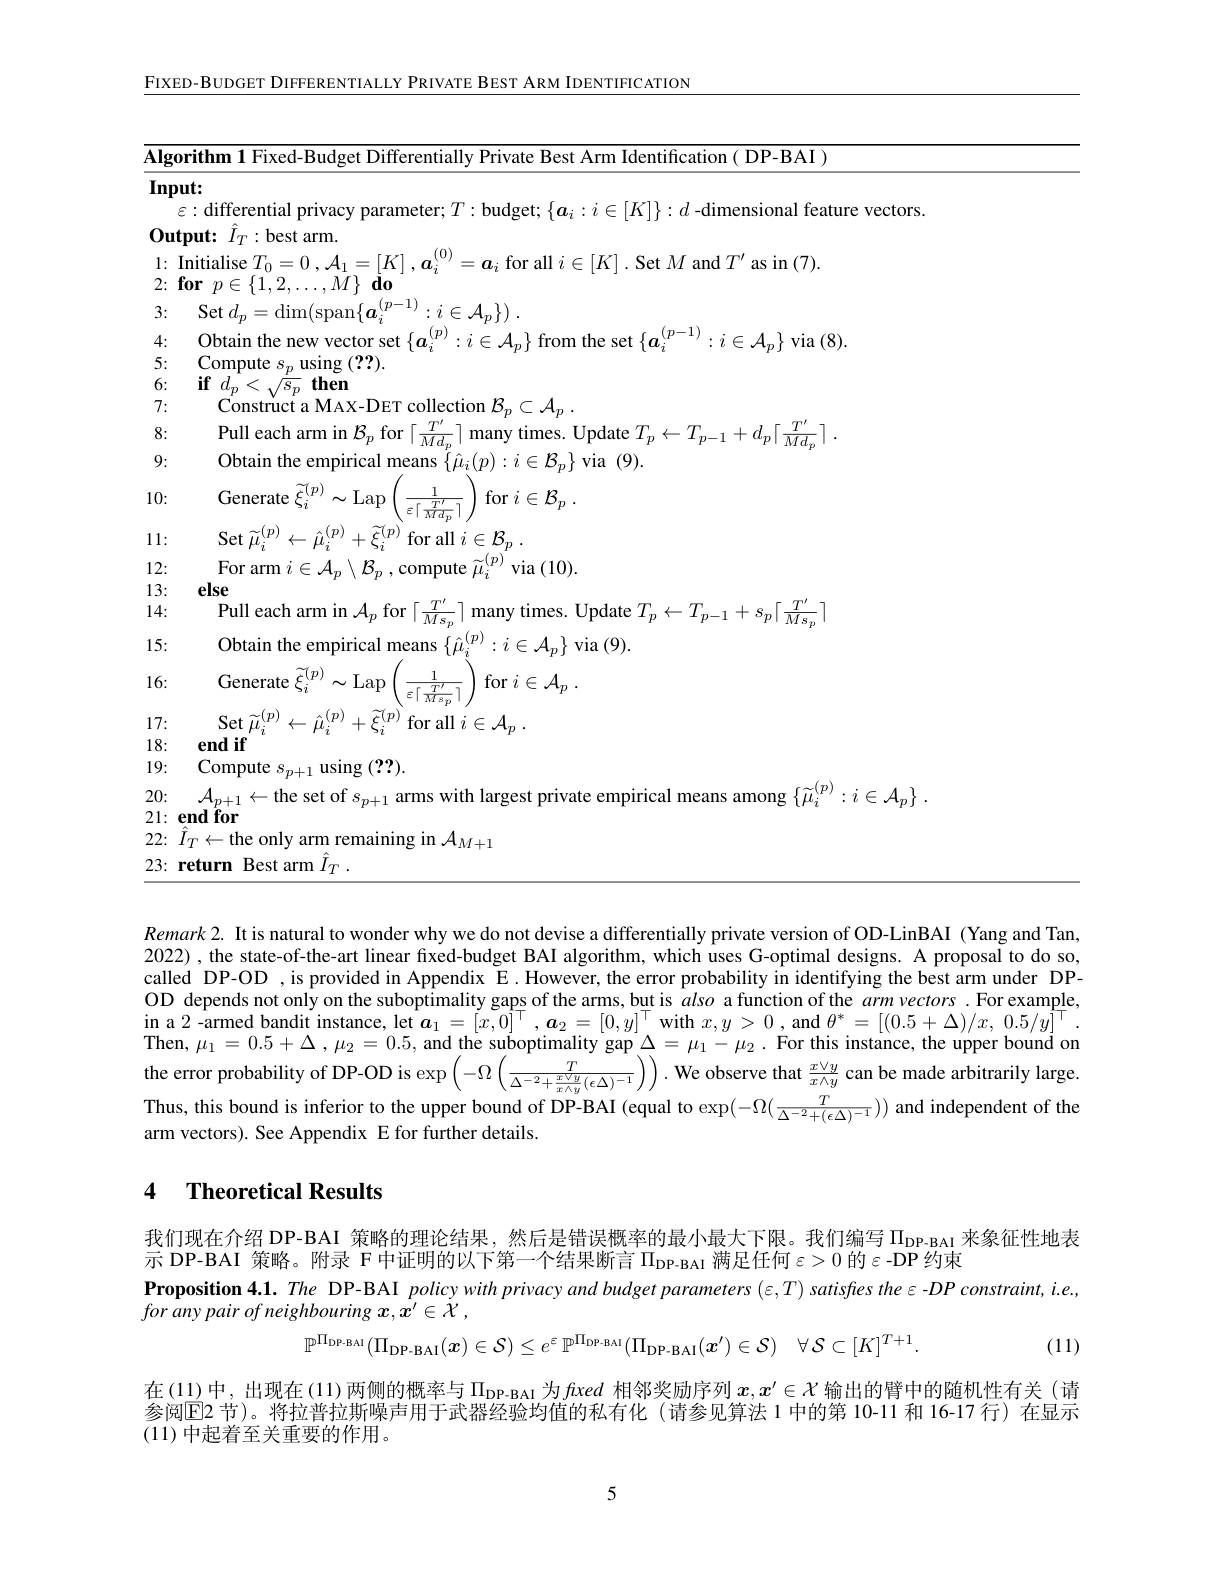
$\underline{\text{FIXED-BUDGET DIFFERENTIALY PRIVATE BEST ARM IDENTIFICATION}}$

<table>
	<tbody>
		<tr>
			<td>$\overline{\mathbf{Algo}}$</td>
			<td>ithm l Fixed-Budget Differe $111allvPr$ TIV Kes t Arm Identitcatic (DP-BAI )</td>
		</tr>
		<tr>
			<td>Inpr</td>
			<td>$|\mathbf{t}:$</td>
		</tr>
		<tr>
			<td> </td>
			<td>: differential privacy parameter; $T:$ budget; $\{\boldsymbol{a}_i:i\in|K|\}:d$ -dimensional feature ve</td>
		</tr>
		<tr>
			<td>$0\mathbf{l}$ $\mathbf{lut}$ 1 1 1 1 1 1 1 1</td>
			<td>$\mathbf{Jut:}$ $\hat{I}_{T}:$best arm.</td>
		</tr>
		<tr>
			<td>1: 1 1 1 1 2: f</td>
			<td>${\mathrm{nitialise~}}T_{0}= 0$ $, {\mathcal{A} }_{1}=$ $\in[K].$Set$M$ and$T^\prime$ as in(7). $\textbf{or}$ $p\in \{ 1, 2, \ldots , M\} \textbf{do}$</td>
		</tr>
		<tr>
			<td>3:</td>
			<td>$\mathop{\mathrm{Set}}d_{n}=\mathop{\mathrm{dim}}(\mathop{\mathrm{span}}\{\boldsymbol{a}\}$ $:i\in\mathcal{A}_{n}\})$</td>
		</tr>
		<tr>
			<td>4:</td>
			<td>Obtain the new v 13</td>
		</tr>
		<tr>
			<td>5:</td>
			<td>Compute $s_{p}$ using (??).</td>
		</tr>
		<tr>
			<td>6:</td>
			<td>$\textbf{if}d_{p}< \sqrt {s_{p}}$then</td>
		</tr>
		<tr>
			<td>7:</td>
			<td>$\mathop{\text{Construct a MAX-DET collection}}\mathcal{B}_{n}\subset\mathcal{A}_{n}$</td>
		</tr>
		<tr>
			<td>8:</td>
			<td>Pull each arm in $\mathcal{B}_n$ for $12n$ times. Update'$I$ 1</td>
		</tr>
		<tr>
			<td>9:</td>
			<td>Ohtain 11 0 emm aam</td>
		</tr>
		<tr>
			<td>9:</td>
			<td>V1a (9)</td>
		</tr>
		<tr>
			<td>10:</td>
			<td>Generate $\xi$ $\widetilde{\xi}_{i}^{(p)}\sim$Lap 1 $\operatorname { for} i\in \mathcal{B} _{p}$ . $\overline{\varepsilon\lceil\frac{T^{\prime}}{Md_{p}}\rceil}$</td>
		</tr>
		<tr>
			<td>1: 1 </td>
			<td>Set $\mu$ for all $i\in\mathcal{B}_n.$</td>
		</tr>
		<tr>
			<td>12:</td>
			<td>ompure L $\operatorname{via}(10$</td>
		</tr>
		<tr>
			<td>13:</td>
			<td>else</td>
		</tr>
		<tr>
			<td>4: 1<2</td>
			<td>eacn 101 many ${\mathrm{Jpdate~}}T_{n}<$ $\overline{Ms}$</td>
		</tr>
		<tr>
			<td>15:</td>
			<td>Obtain the e means $:i\in$ $\mathcal{A}_{p}\}$ via (9).</td>
		</tr>
		<tr>
			<td>10. 7 1</td>
			<td> </td>
		</tr>
		<tr>
			<td>17:</td>
			<td>YPT for all $i\in\mathcal{A}_n$</td>
		</tr>
		<tr>
			<td>L 1</td>
			<td>$\Delta_{i}$ $\rho n$</td>
		</tr>
		<tr>
			<td>10. 1 0</td>
			<td>CHUL (99)</td>
		</tr>
		<tr>
			<td>19:</td>
			<td>${\mathrm{compute}}$ $\therefore\angle AC=\angle AC$ $S_{n+1}$ ${\mathrm{~using~}(??)}$</td>
		</tr>
		<tr>
			<td>1/ 20:</td>
			<td>$p+1$ the set $:i\in$</td>
		</tr>
		<tr>
			<td>$\angle U.$ 21:</td>
			<td>for $^{\circ}\boldsymbol{p}+.$ $151\mu_{2}$ mn</td>
		</tr>
	</tbody>
</table>
22: $\hat{I}_T\leftarrow$the only arm remaining in $\mathcal{A}_M+1$

23: return Best arm $\hat{I} _T$ .

$Remark2.$ It is natural to wonder why we do not devise a differentially private version of OD-LinBAI (Yang and Tan, 2022), the state-of-the-art linear fixed-budget BAI algorithm, which uses G-optimal designs. A proposal to do so, called DP-OD ,is provided in Appendix E.However, the error probability in identifying the best arm under DPOD depends not only on the suboptimality gaps of the arms, but is also a function of the arm vectors. For example, in a 2 - armed bandit instance, let $\hat{\boldsymbol{a}} _{1}= [ x, 0] ^{\top }, \boldsymbol{a}_{2}= [ 0, y] ^{\top }$ with $x, y> 0$, and $\theta ^{* }= [ ( 0. 5+ \Delta ) / x, 0. 5/ y] ^{\top }.$ Then, $\mu _{1}= 0. 5+ \Delta , \mu _{2}= 0. 5$, and the suboptimality gap $\Delta = \mu _{1}- \mu _{2}.$ For this instance, the upper bound on the err Thus, this bound is inferior to the upper bound of DP-BAI (equal to $\exp(-\Omega(\frac T{\Delta^{-2}+(\epsilon\Delta)^{-1}}))$ and independent of the arm vectors). See Appendix E for further details

## 4 Theoretical Results

我们现在介绍 DP-BAI 策略的理论结果，然后是错误概率的最小最大下限。我们编写$\Pi_\mathrm{DP-BAI}$来象征性地表
示 DP-BAI 策略。附录 F 中证明的以下第一个结果断言 $\Pi_\mathrm{DP-BAI}$ 满足任何$\varepsilon>0$ 的$\varepsilon -$DP约束
Proposition 4.1. The DP-BAI policy with privacy and budget parameters (ε,T) satisftes theε-DP constraint, i.e.,
for any pair $of$ neighbouring $x, \dot{x^{\prime }} \in \dot{X}$ ,
$$\mathbb{P}^{\Pi_{\mathrm{DP-BAI}}}(\Pi_{\mathrm{DP-BAI}}(x)\in\mathcal{S})\leq e^{\varepsilon}\mathbb{P}^{\Pi_{\mathrm{DP-BAI}}}(\Pi_{\mathrm{DP-BAI}}(x^{\prime})\in\mathcal{S})\quad\forall\:\mathcal{S}\subset[K]^{T+1}.$$
(11)

在(11)中，出现在(11)两侧的概率与$\Pi_\text{DP-BAI}$为fxed 相邻奖励序列$x,x^\prime\in\mathcal{X}$输出的臂中的随机性有关(请参阅回2 节)。将拉普拉斯噪声用于武器经验均值的私有化(请参见算法 1中的第 10-11 和 16-17 行) 在显示(11)中起着至关重要的作用。

5